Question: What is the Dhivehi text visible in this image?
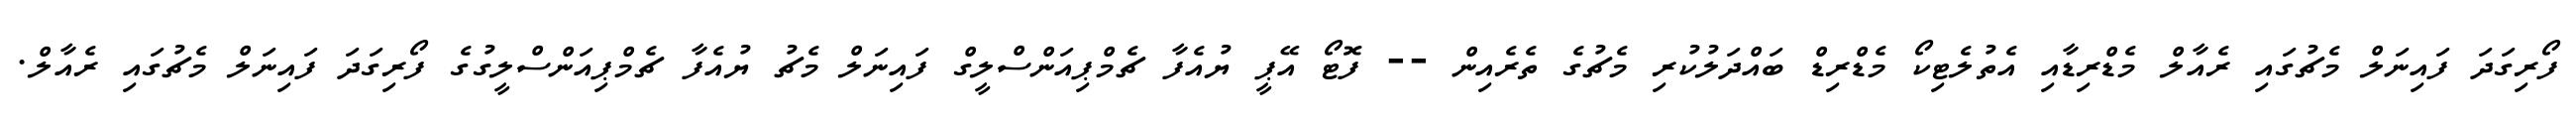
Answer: ފޯރިގަދަ ފައިނަލް މެޗުގައި ރެއާލް މެޑްރިޑާއި އެތުލެޓިކޯ މެޑްރިޑް ބައްދަލުކުރި މެޗުގެ ތެރެއިން -- ފޮޓޯ އޭޕީ ޔުއެފާ ޗެމްޕިއަންސްލީގް ފައިނަލް މެޗު ޔުއެފާ ޗެމްޕިއަންސްލީގުގެ ފޯރިގަދަ ފައިނަލް މެޗުގައި ރެއާލް.